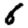
Digit: 6